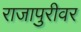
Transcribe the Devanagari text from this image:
राजापुरीवर